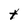
Character: t